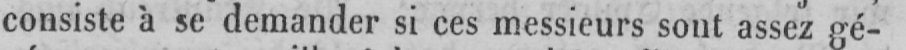
consiste à se demander si ces messieurs sont assez gé-